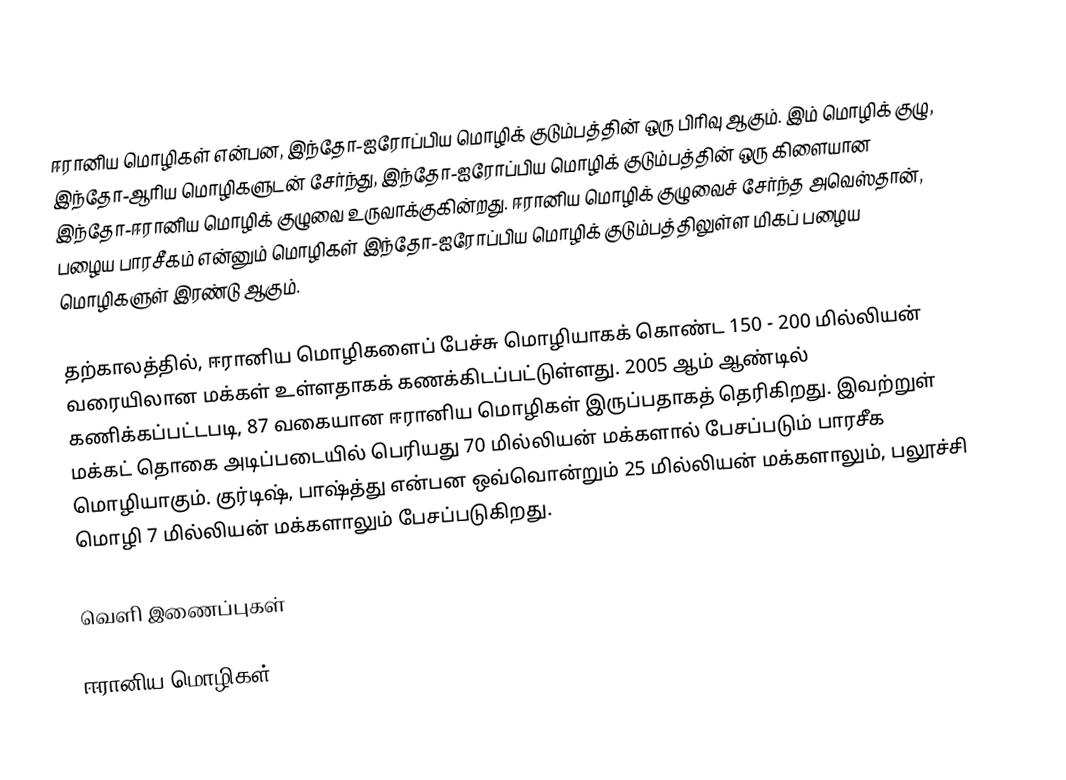
ஈரானிய மொழிகள் என்பன, இந்தோ-ஐரோப்பிய மொழிக் குடும்பத்தின் ஒரு பிரிவு ஆகும். இம் மொழிக் குழு, இந்தோ-ஆரிய மொழிகளுடன் சேர்ந்து, இந்தோ-ஐரோப்பிய மொழிக் குடும்பத்தின் ஒரு கிளையான இந்தோ-ஈரானிய மொழிக் குழுவை உருவாக்குகின்றது. ஈரானிய மொழிக் குழுவைச் சேர்ந்த அவெஸ்தான், பழைய பாரசீகம் என்னும் மொழிகள் இந்தோ-ஐரோப்பிய மொழிக் குடும்பத்திலுள்ள மிகப் பழைய மொழிகளுள் இரண்டு ஆகும்.

தற்காலத்தில், ஈரானிய மொழிகளைப் பேச்சு மொழியாகக் கொண்ட 150 - 200 மில்லியன் வரையிலான மக்கள் உள்ளதாகக் கணக்கிடப்பட்டுள்ளது. 2005 ஆம் ஆண்டில் கணிக்கப்பட்டபடி, 87 வகையான ஈரானிய மொழிகள் இருப்பதாகத் தெரிகிறது. இவற்றுள் மக்கட் தொகை அடிப்படையில் பெரியது 70 மில்லியன் மக்களால் பேசப்படும் பாரசீக மொழியாகும். குர்டிஷ், பாஷ்த்து என்பன ஒவ்வொன்றும் 25 மில்லியன் மக்களாலும், பலூச்சி மொழி 7 மில்லியன் மக்களாலும் பேசப்படுகிறது.

வெளி இணைப்புகள்

ஈரானிய மொழிகள்